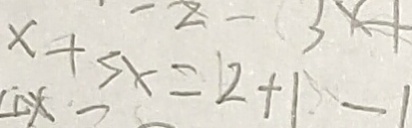
x + 3 x = 2 + 1 - 1